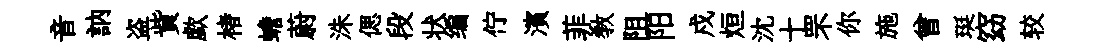
音訥盗貲歔楮蟾蔚洙偲段状编佇濱菲教阻阳戍烜沈十罘你施曾珽窈较